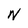
Character: N